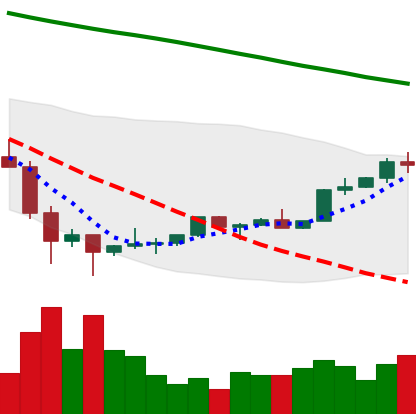
Ticker: TRX-USD
Chart end date: 2022-02-08
Forward return: -5.407%
Label: down_5_7